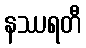
နဿရတီ